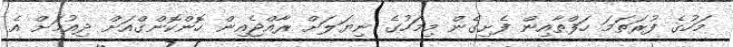
މަހުގެ ފުރަތަމަ ހަފްތާއިން ފެށިގެން މިމަހުގެ ނިޔަލަށް ރާއްޖެއިން ހޮންކޮންގްއަށް ދިއުމަށް އެ